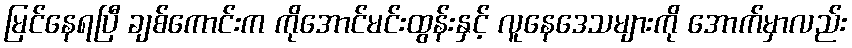
မြင်နေရပြီ ချစ်ကောင်းက ကိုအောင်မင်းထွန်းနှင့် လူနေဒေသများကို အောက်မှာလည်း